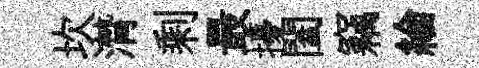
坎潸剩最擾闔竊綸